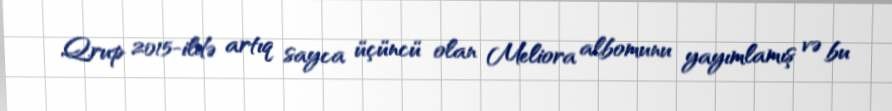
Qrup 2015-ildə artıq sayca üçüncü olan Meliora albomunu yayımlamış və bu